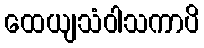
ထေယျသံဝါသကာပိ